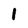
Character: 1